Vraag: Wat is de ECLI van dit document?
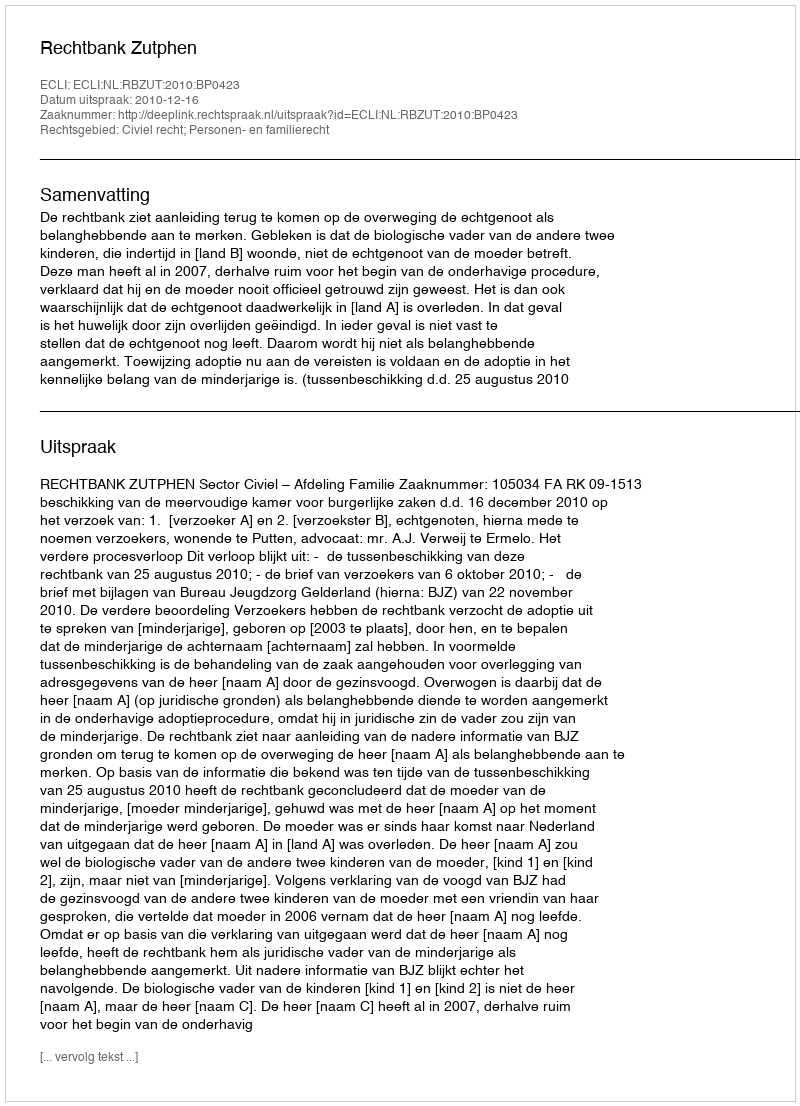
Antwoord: ECLI:NL:RBZUT:2010:BP0423